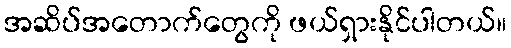
အဆိပ်အတောက်တွေကို ဖယ်ရှားနိုင်ပါတယ်။